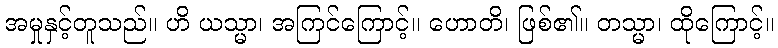
အမှုနှင့်တူသည်။ ဟိ ယသ္မာ၊ အကြင်ကြောင့်။ ဟောတိ၊ ဖြစ်၏။ တသ္မာ၊ ထိုကြောင့်။